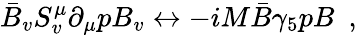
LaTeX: \bar{B}_{v}S_{v}^{\mu}\partial_{\mu}pB_{v}\leftrightarrow-iM\bar{B}\gamma_{5}pB\, \, \, ,